Vaccination in Bombay 1869-1873 - 1869-1873
Year: 1869
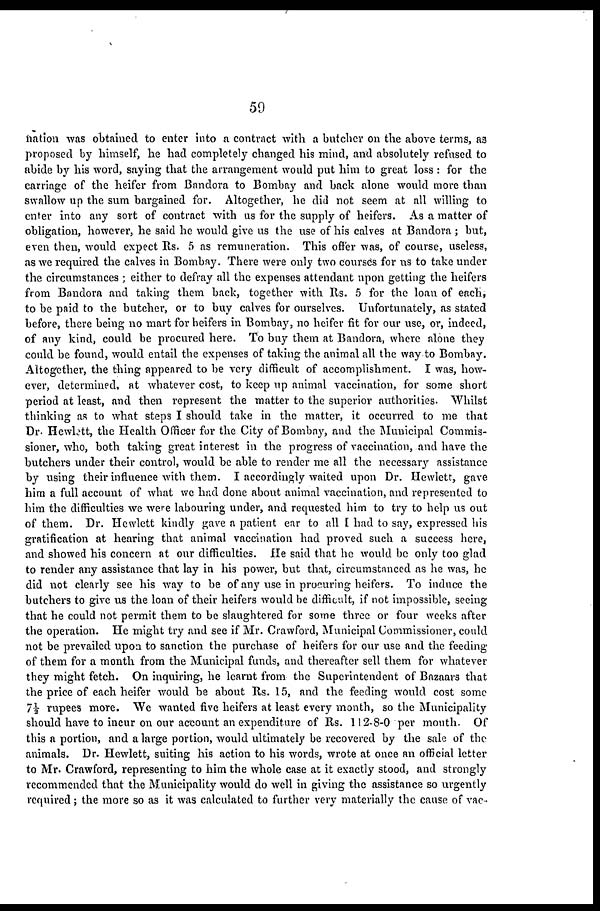
59
nation was obtained to enter into a contract with a butcher on the above terms, as
proposed by himself, he had completely changed his mind, and absolutely refused to
abide by his word, saying that the arrangement would put him to great loss : for the
carriage of the heifer from Bandora to Bombay and back alone would more than
swallow up the sum bargained for. Altogether, he did not seem at all willing to
enter into any sort of contract with us for the supply of heifers. As a matter of
obligation, however, he said he would give us the use of his calves at Bandora ; but,
even then, would expect Rs. 5 as remuneration. This offer was, of course, useless,
as we required the calves in Bombay. There were only two courses for us to take under
the circumstances ; either to defray all the expenses attendant upon getting the heifers
from Bandora and taking them back, together with Rs. 5 for the loan of each,
to be paid to the butcher, or to buy calves for ourselves. Unfortunately, as stated
before, there being no mart for heifers in Bombay, no heifer fit for our use, or, indeed,
of any kind, could be procured here. To buy them at Bandora, where alone they
could be found, would entail the expenses of taking the animal all the way to Bombay.
Altogether, the thing appeared to be very difficult of accomplishment. I was, how-
ever, determined, at whatever cost, to keep up animal vaccination, for some short
period at least, and then represent the matter to the superior authorities. Whilst
thinking as to what steps I should take in the matter, it occurred to me that
Dr. Hewlett, the Health Officer for the City of Bombay, and the Municipal Commis-
sioner, who, both taking great interest in the progress of vaccination, and have the
butchers under their control, would be able to render me all the necessary assistance
by using their influence with them. I accordingly waited upon Dr. Hewlett, gave
him a full account of what we had done about animal vaccination, and represented to
him the difficulties we were labouring under, and requested him to try to help us out
of them. Dr. Hewlett kindly gave a patient ear to all I had to say, expressed his
gratification at hearing that animal vaccination had proved such a success here,
and showed his concern at our difficulties. He said that he would be only too glad
to render any assistance that lay in his power, but that, circumstanced as he was, he
did not clearly see his way to be of any use in procuring heifers. To induce the
butchers to give us the loan of their heifers would be difficult, if not impossible, seeing
that he could not permit them to be slaughtered for some three or four weeks after
the operation. He might try and see if Mr. Crawford, Municipal Commissioner, could
not be prevailed upon to sanction the purchase of heifers for our use and the feeding
of them for a month from the Municipal funds, and thereafter sell them for whatever
they might fetch. On inquiring, he learnt from the Superintendent of Bazaars that
the price of each heifer would be about Rs. 15, and the feeding would cost some
7½rupees more. We wanted five heifers at least every month, so the Municipality
should have to incur on our account an expenditure of Rs. 112-8-0 per month. Of
this a portion, and a large portion, would ultimately be recovered by the sale of the
animals. Dr. Hewlett, suiting his action to his words, wrote at once an official letter
to Mr. Crawford, representing to him the whole case at it exactly stood, and strongly
recommended that the Municipality would do well in giving the assistance so urgently
required; the more so as it was calculated to further very materially the cause of vac-